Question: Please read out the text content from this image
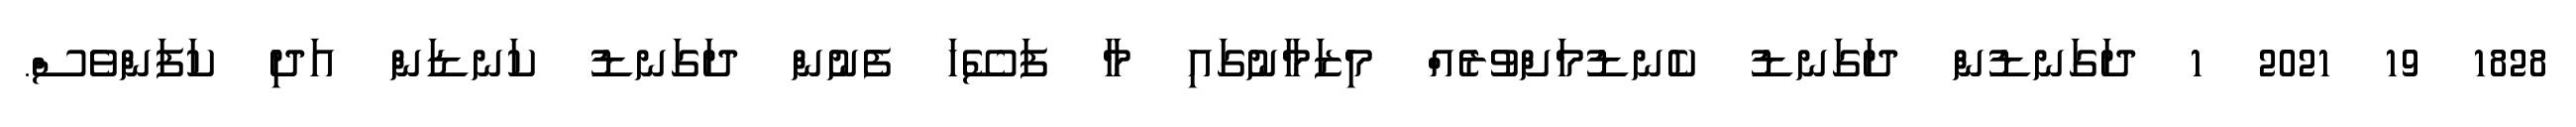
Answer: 1828 19 2021 1 ދަގަނޑުން ދަގަނޑު ކެނޑުމަށްވުރެއް މިޒަމާނުގައި މާ ފަސޭހަ ފެނުން ދަގަނޑު ކަނޑަން އަދި ކަފަންވެސް.